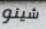
شينو